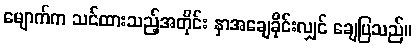
မျောက်က သင်ထားသည့်အတိုင်း နှာအချေခိုင်းလျှင် ချေပြသည်။